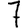
Digit: 7